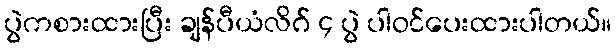
ပွဲကစားထားပြီး ချန်ပီယံလိဂ် ၄ ပွဲ ပါဝင်ပေးထားပါတယ်။